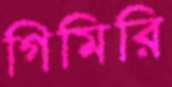
গিমিরি